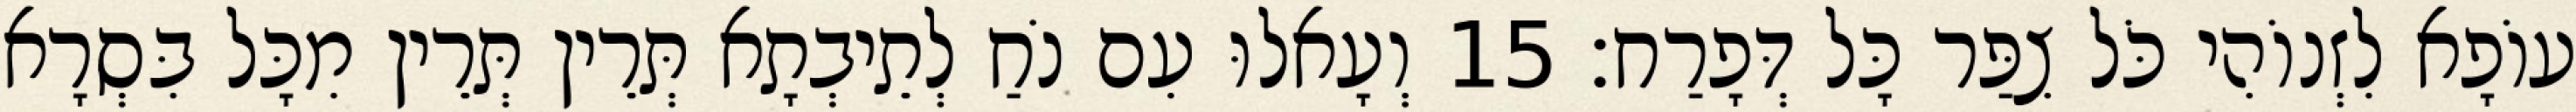
עוֹפָא לִזְנוֹהִי כֹּל צִפַּר כָּל דְּפָרַח׃ 15 וְעָאלוּ עִם נֹחַ לְתֵיבְתָא תְּרֵין תְּרֵין מִכָּל בִּסְרָא